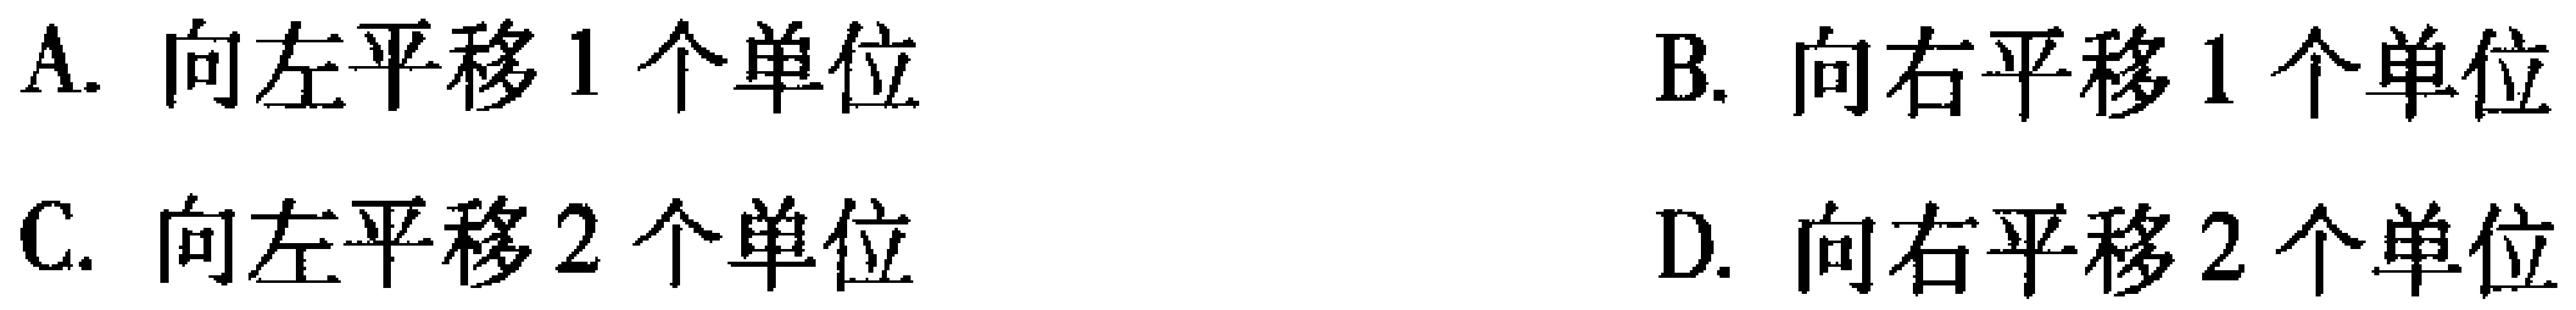
A. 向左平移1个单位

B. 向右平移1个单位

C. 向左平移2个单位

D. 向右平移2个单位